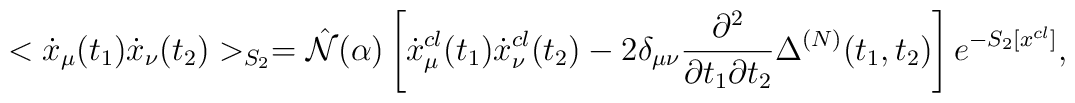
<\dot{x}_\mu(t_1)\dot{x}_\nu(t_2)>_{S_2}=\hat{{\cal N}}(\alpha)\left[\dot{x}_\mu^{cl}(t_1)\dot{x}_\nu^{cl}(t_2)-2\delta_{\mu\nu}\frac{\partial^2}{\partial t_1\partial t_2}\Delta^{(N)}(t_1,t_2)\right]e^{-S_2[x^{cl}]},